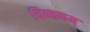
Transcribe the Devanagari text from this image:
चिन्तनम्